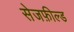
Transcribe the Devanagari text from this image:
सेजफ़ील्ड